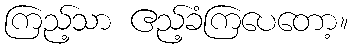
ကြည့်သာ ဧည့်ခံကြပေတော့။